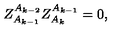
Z _ { A _ { k - 1 } } ^ { A _ { k - 2 } } Z _ { A _ { k } } ^ { A _ { k - 1 } } = 0 ,